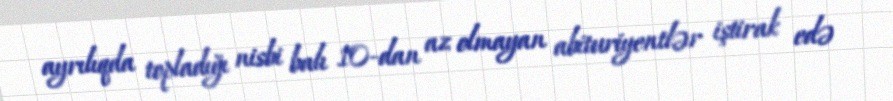
ayrılıqda topladığı nisbi balı 10-dan az olmayan abituriyentlər iştirak edə